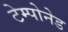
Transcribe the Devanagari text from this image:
टेम्पोनेड